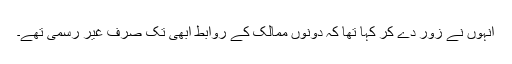
انہوں نے زور دے کر کہا تھا کہ دونوں ممالک کے روابط ابھی تک صرف غیر رسمی تھے۔